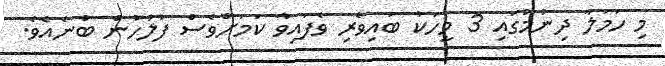
މި ހަމަލާ ދިނުމުގައި 3 މީހަކު ބައިވެރި ވެފައިވާ ކަމަށްވެސް ފުލުހުން ބުނެއެވެ.